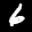
Label: 6